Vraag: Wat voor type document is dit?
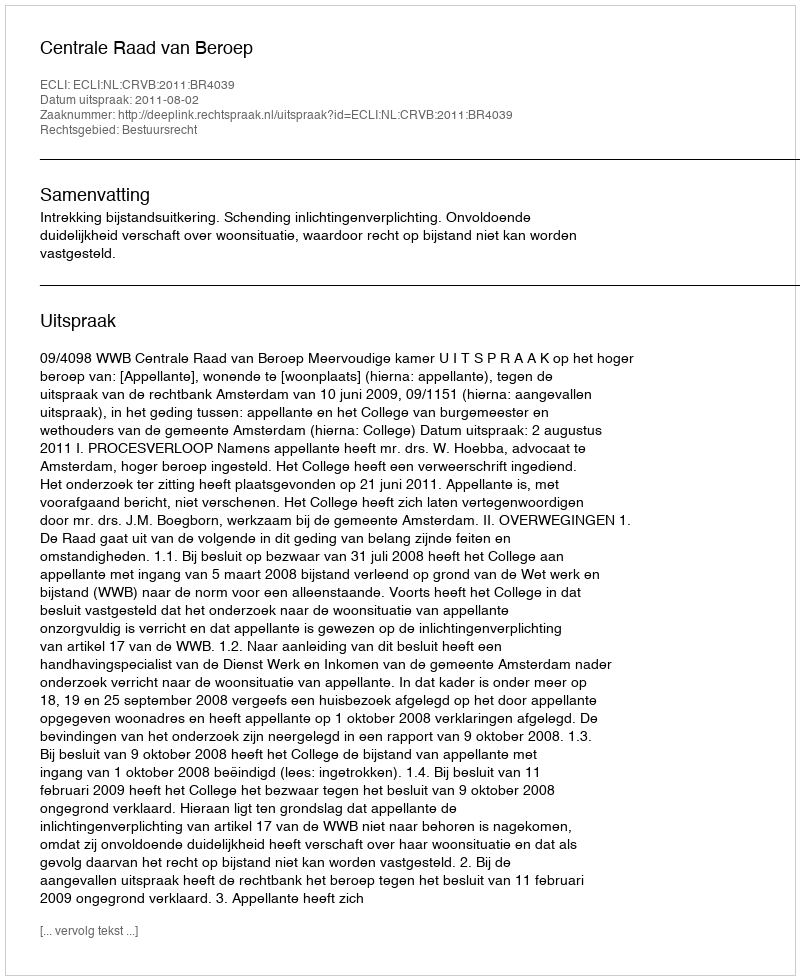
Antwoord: Uitspraak